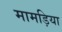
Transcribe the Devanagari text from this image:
मामड़िया